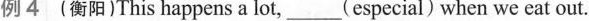
例 4 (衡阳)This happens a lot,___(especial) when we eat out.